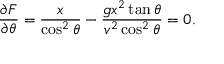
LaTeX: { \frac { \partial F } { \partial \theta } } = { \frac { x } { \cos ^ { 2 } \theta } } - { \frac { g x ^ { 2 } \tan \theta } { v ^ { 2 } \cos ^ { 2 } \theta } } = 0 .